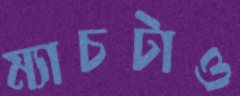
ম্যাচটাও